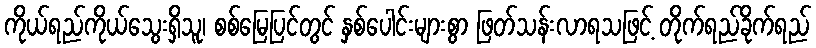
ကိုယ်ရည်ကိုယ်သွေးရှိသူ၊ စစ်မြေပြင်တွင် နှစ်ပေါင်းများစွာ ဖြတ်သန်းလာရသဖြင့် တိုက်ရည်ခိုက်ရည်